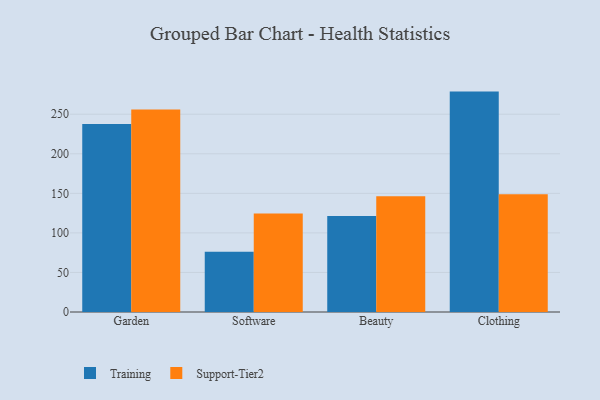
{"axis": {"x": "Category", "y": "Operating Costs (USD K)"}, "legend": ["Support-Tier2", "Training"], "data": [{"x": "Garden", "y": 237.6, "type": "Training"}, {"x": "Garden", "y": 255.9, "type": "Support-Tier2"}, {"x": "Software", "y": 76.1, "type": "Training"}, {"x": "Software", "y": 124.4, "type": "Support-Tier2"}, {"x": "Beauty", "y": 121.2, "type": "Training"}, {"x": "Beauty", "y": 146.3, "type": "Support-Tier2"}, {"x": "Clothing", "y": 278.6, "type": "Training"}, {"x": "Clothing", "y": 148.9, "type": "Support-Tier2"}]}